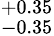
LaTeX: ^{+0.35}_{-0.35}